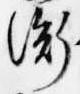
衡